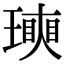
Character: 𤩵